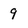
Character: 9